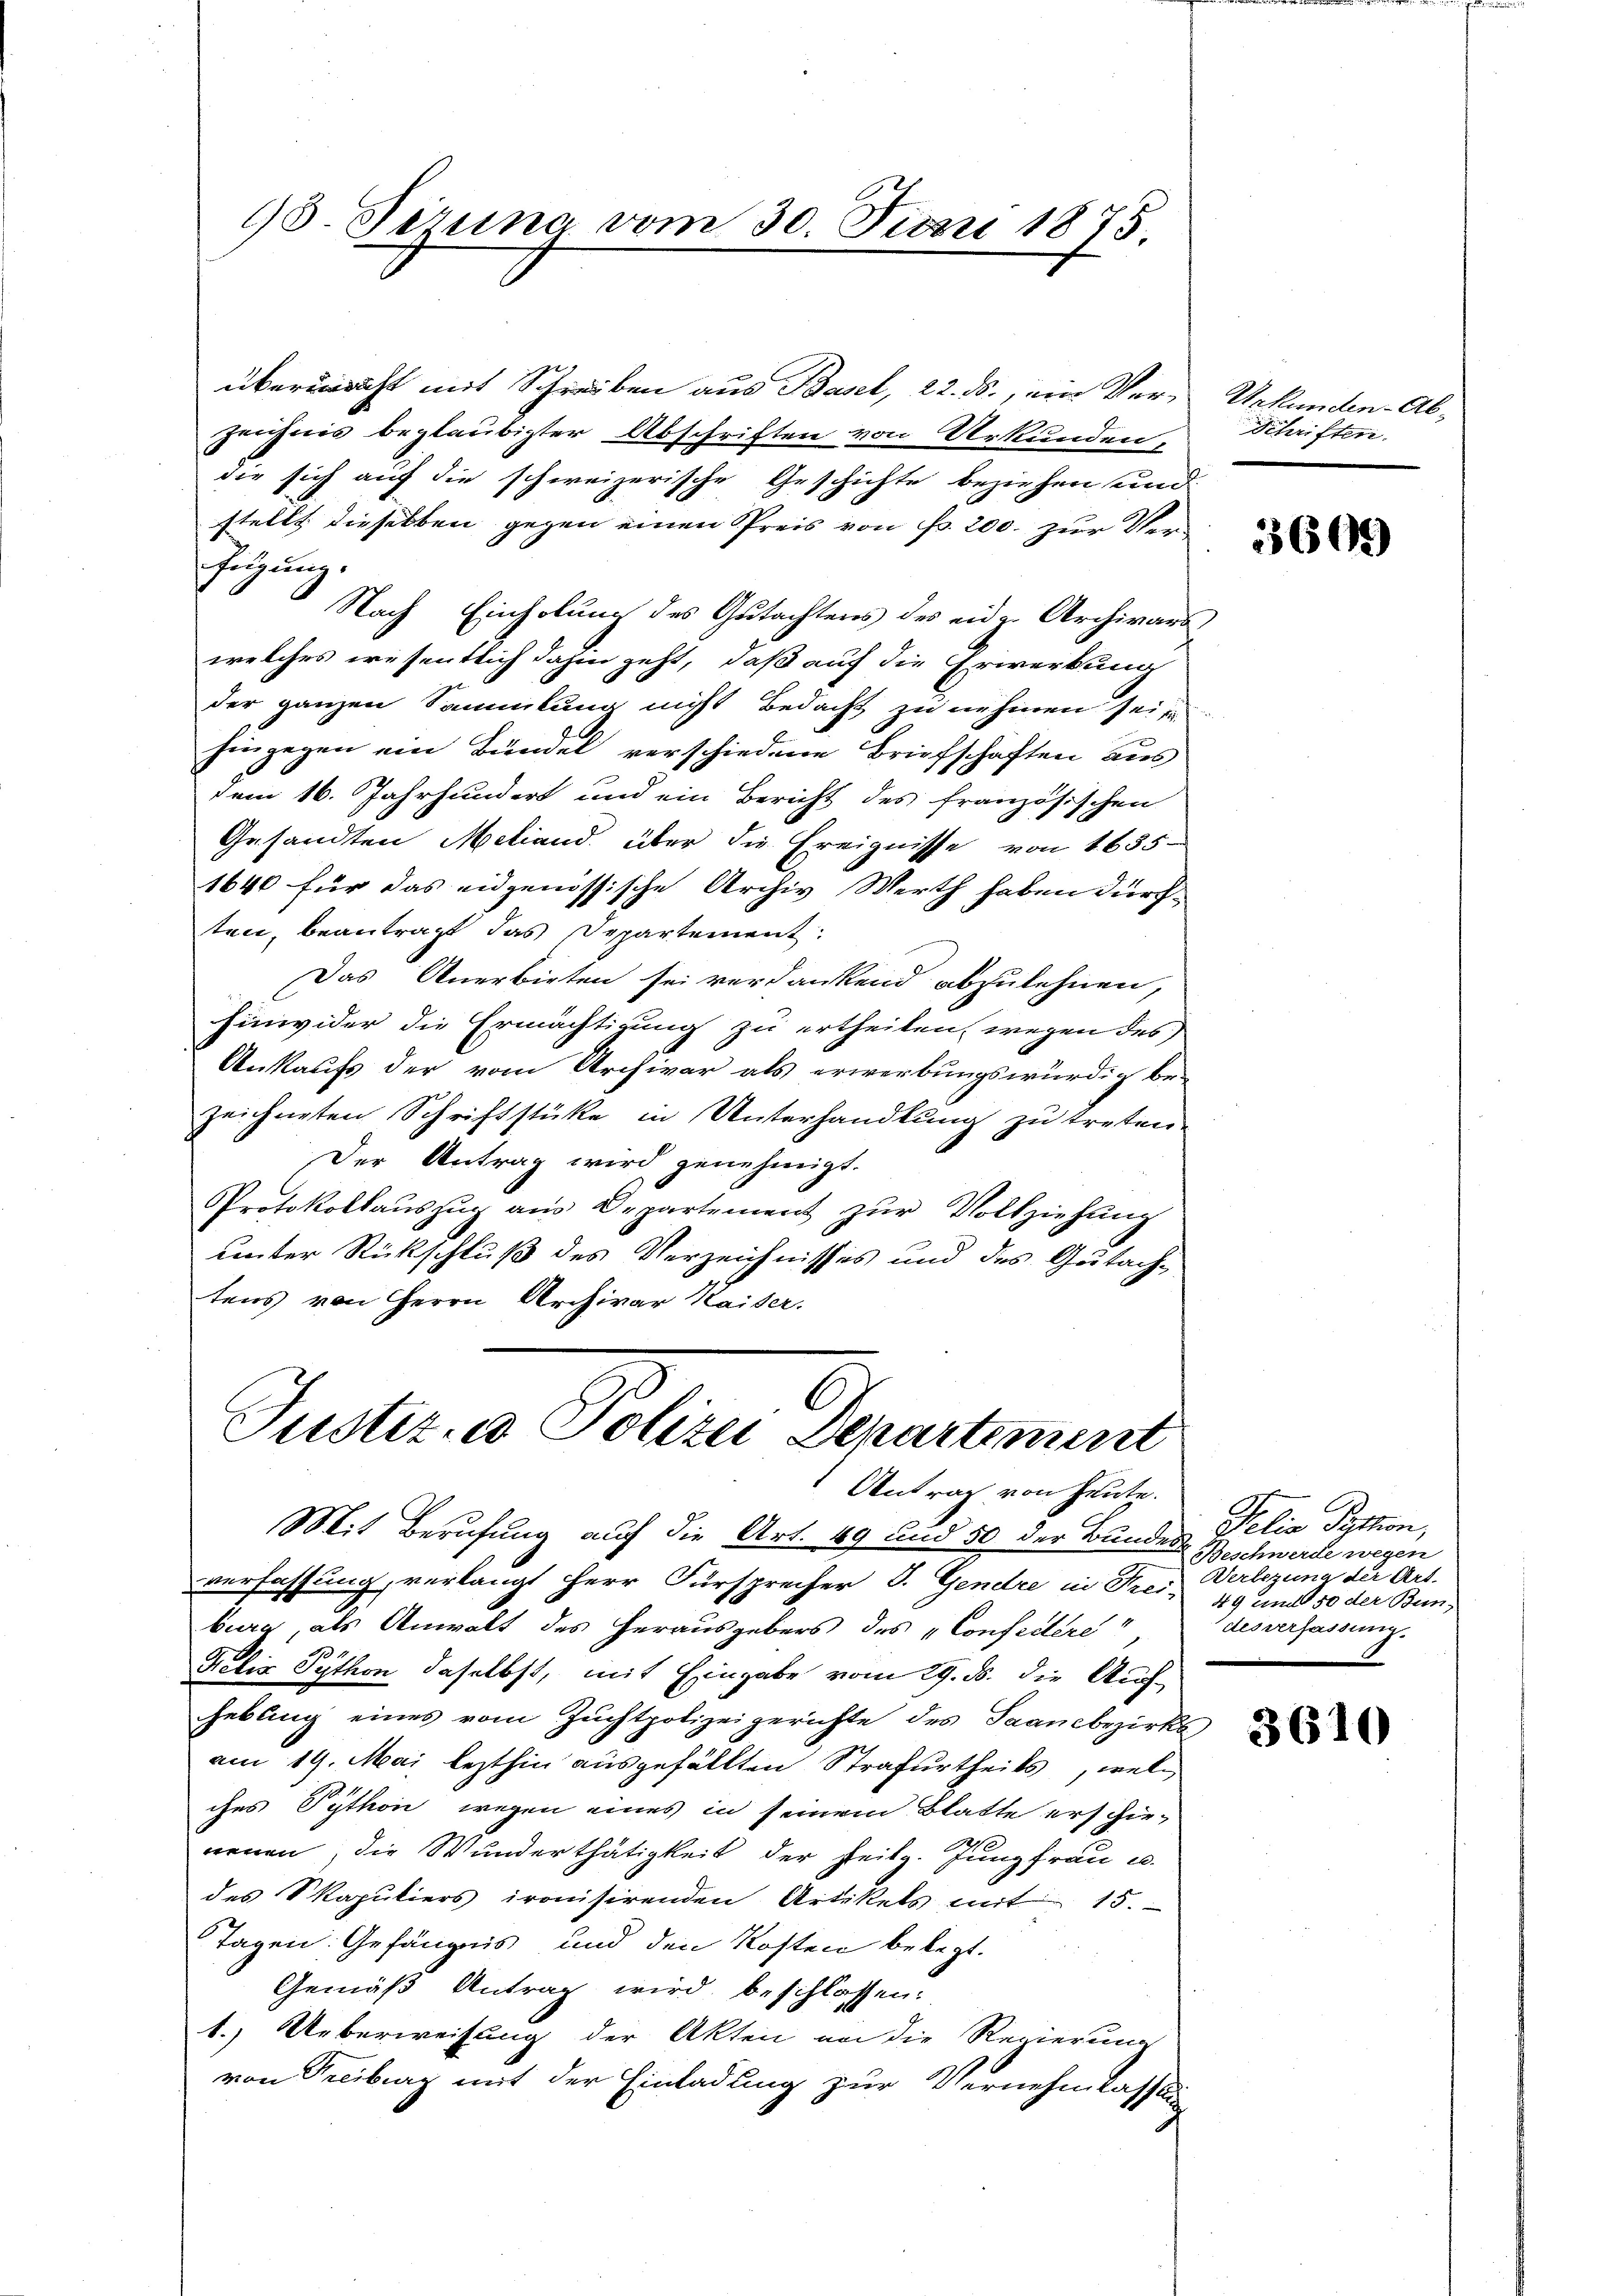
98. Sizung vom 30. Juni 1875.

übermedicht mit Schreiben aus Basel, 22. ds., ein Verzeichnis beglaubigter Abschriften von Urkunden,
die sich auf die schweizerische Geschichte beziehen und
stellt dieselben gegen einen Preis von fr. 200. zur Verfügung.
Nach Einholung des Gutachters des eider Archivarswelches wesentlich dahin geht, daß auf die Erwerkung
der ganzen Sammlung nicht Bedacht zu nehmen seit
hingegen ein Bündel verschiedene Briefschaften aus
dem 16. Jahrhundert und ein Bericht des französischen
Gesandten Meliand über die Ereignisse von 1655
1640 für das eidgenössische Archiv Werth haben durch-
ten, beantragt das Departement:
Das Anerbieten sei verdankend abzulehnen,
Einwider die Ermächtigung zu ertheilen, wegen des
Ankaufs der vom Archivar als erwerbungswürdig be-
zeichneten Schriftstücke in Unterhandlung zu treten.
Der Antrag wird genehmigt.
Protokollaŭszŭg ans Departement zŭr Vollziehung
unter Rückschluß des Verzeichnisses und des Gutachtens von Herrn Archivar Kaiser.

Justiz- & Polizei Departement
Antrag von heute.

Mit Berufung auf die Art. 49 und 50 der Bundes
verfassung, verlangt Herr Fürsprecher S. Gendre in Frei Verlegung der Art.
burg, als Anwalt des herausgebers des Confedere
Relis Python daselbst, mit Eingabe vom 29. ds. die Auch-
hebung eines vom Zuchtpolizeigerichte des Saanebezirks
am 19. Mai lezthin ausgefällten Strafurtheils, welches Python wegen eines in seinem Blatte erschienenen, die Wunderthätigkeit der Heilg. Jungfrau u.
des Skapuliers ironisirenden Artikels mit 15.
Tagen. Gefängnis und den Kosten belegt.
Gemäß Antrag wird beschlossen:
1.) Ueberweisung der Akten an die Regierung
von Freiburg mit der Einladung zur Vernehmlassen

Urkunden Ab¬
Schriften.

1609

Melio Seption,
 Beschwerde wegen
49 und 50 der Bun
desverfassung.

3610